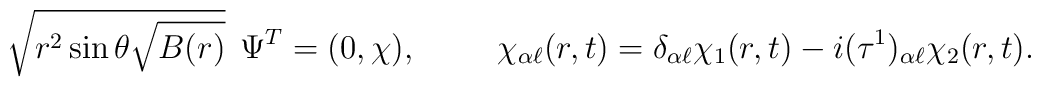
\sqrt{r^{2}\sin \theta \sqrt{B(r)}}\:\:\Psi ^{T}=( 0, \chi),\hskip1cm \chi _{\alpha \ell }(r, t)=\delta _{\alpha \ell}\chi _{1}(r, t)-i(\tau ^{1})_{\alpha \ell}\chi _{2}(r,t).